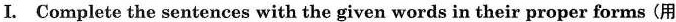
Ⅰ. Complete the sentences with the given words in their proper forms (用